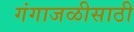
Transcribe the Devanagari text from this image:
गंगाजळीसाठी